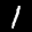
Label: 1